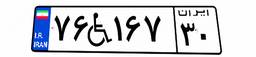
۱۵W۱۷۰۸۱